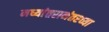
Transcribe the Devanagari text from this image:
मध्यांतरानंतरच्या